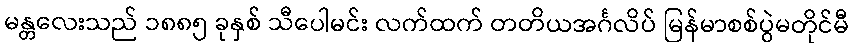
မန္တလေးသည် ၁၈၈၅ ခုနှစ် သီပေါမင်း လက်ထက် တတိယအင်္ဂလိပ် မြန်မာစစ်ပွဲမတိုင်မီ